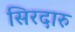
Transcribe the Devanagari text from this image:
सिरदारु